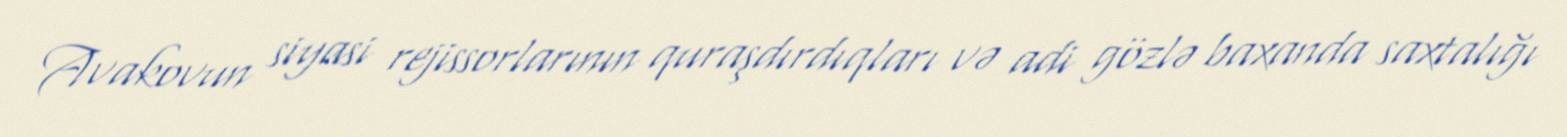
Avakovun siyasi rejissorlarının quraşdırdıqları və adi gözlə baxanda saxtalığı